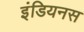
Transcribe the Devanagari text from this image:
इंडियनस